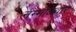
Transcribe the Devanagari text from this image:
नम्माळ्वार्